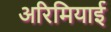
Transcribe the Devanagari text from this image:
अरिमियाई